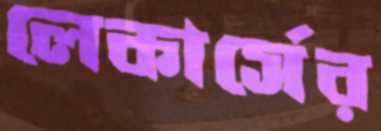
লেকার্সের